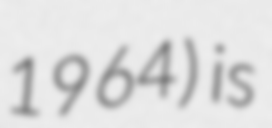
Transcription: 1964) is